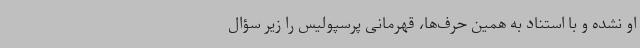
او نشده و با استناد به همین حرف‌ها، قهرمانی پرسپولیس را زیر سؤال